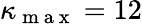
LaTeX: \kappa_{\mathrm{~m~a~x~}}=12